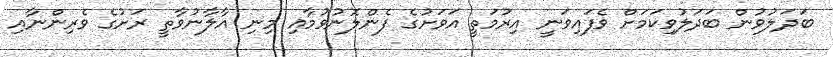
ބަދަލުވުން ބަދަލުވިކަމަށް ވެފައިވަނީ އިރުމަތީ އަވަށުގެ ފެންލޮނުވުމާއި މިނި އާލާނުވާތީ ރަށުގެ ވެރިންނާއި